Scottish Leaving Certificate Examination, 1960
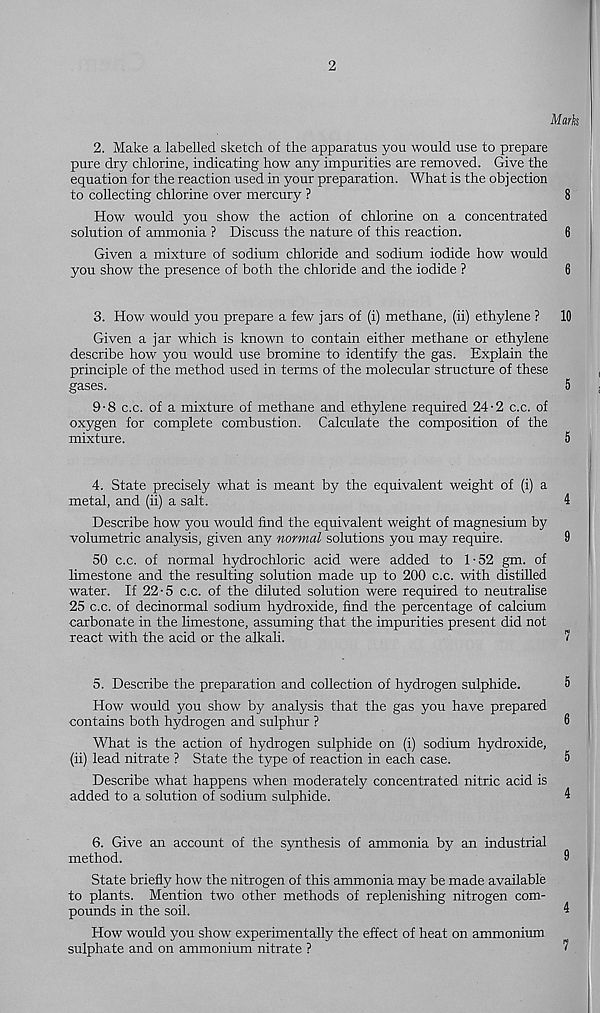
2
Mark
2. Make a labelled sketch of the apparatus you would use to prepare
pure dry chlorine, indicating how any impurities are removed. Give the
equation for the reaction used in your preparation. What is the objection
to collecting chlorine over mercury ?
8
How would you show the action of chlorine on a concentrated
solution of ammonia ? Discuss the nature of this reaction.
6
Given a mixture of sodium chloride and sodium iodide how would
you show the presence of both the chloride and the iodide ?
6
3. How would you prepare a few jars of (i) methane, (ii) ethylene ? 10
Given a jar which is known to contain either methane or ethylene
describe how you would use bromine to identify the gas. Explain the
principle of the method used in terms of the molecular structure of these
gases.
5
9-8 c.c. of a mixture of methane and ethylene required 24-2 c.c. of
oxygen for complete combustion. Calculate the composition of the
mixture.
5
4. State precisely what is meant by the equivalent weight of (i) a
metal, and (ii) a salt.
4
Describe how you would find the equivalent weight of magnesium by
volumetric analysis, given any normal solutions you may require.
9
50 c.c. of normal hydrochloric acid were added to 1-52 gm. of
limestone and the resulting solution made up to 200 c.c. with distilled
water. If 22-5 c.c. of the diluted solution were required to neutralise
25 c.c. of decinormal sodium hydroxide, find the percentage of calcium
carbonate in the limestone, assuming that the impurities present did not
react with the acid or the alkali.
7
5. Describe the preparation and collection of hydrogen sulphide.
5
How would you show by analysis that the gas you have prepared
contains both hydrogen and sulphur ?
6
What is the action of hydrogen sulphide on (i) sodium hydroxide,
(ii) lead nitrate ? State the type of reaction in each case.
5
Describe what happens when moderately concentrated nitric acid is
added to a solution of sodium sulphide.
4
6. Give an account of the synthesis of ammonia by an industrial
method.
9
State briefly how the nitrogen of this ammonia may be made available
to plants. Mention two other methods of replenishing nitrogen com-
pounds in the soil.
4
How would you show experimentally the effect of heat on ammonium
sulphate and on ammonium nitrate ?
^